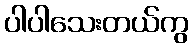
ပါပါသေးတယ်ကွ